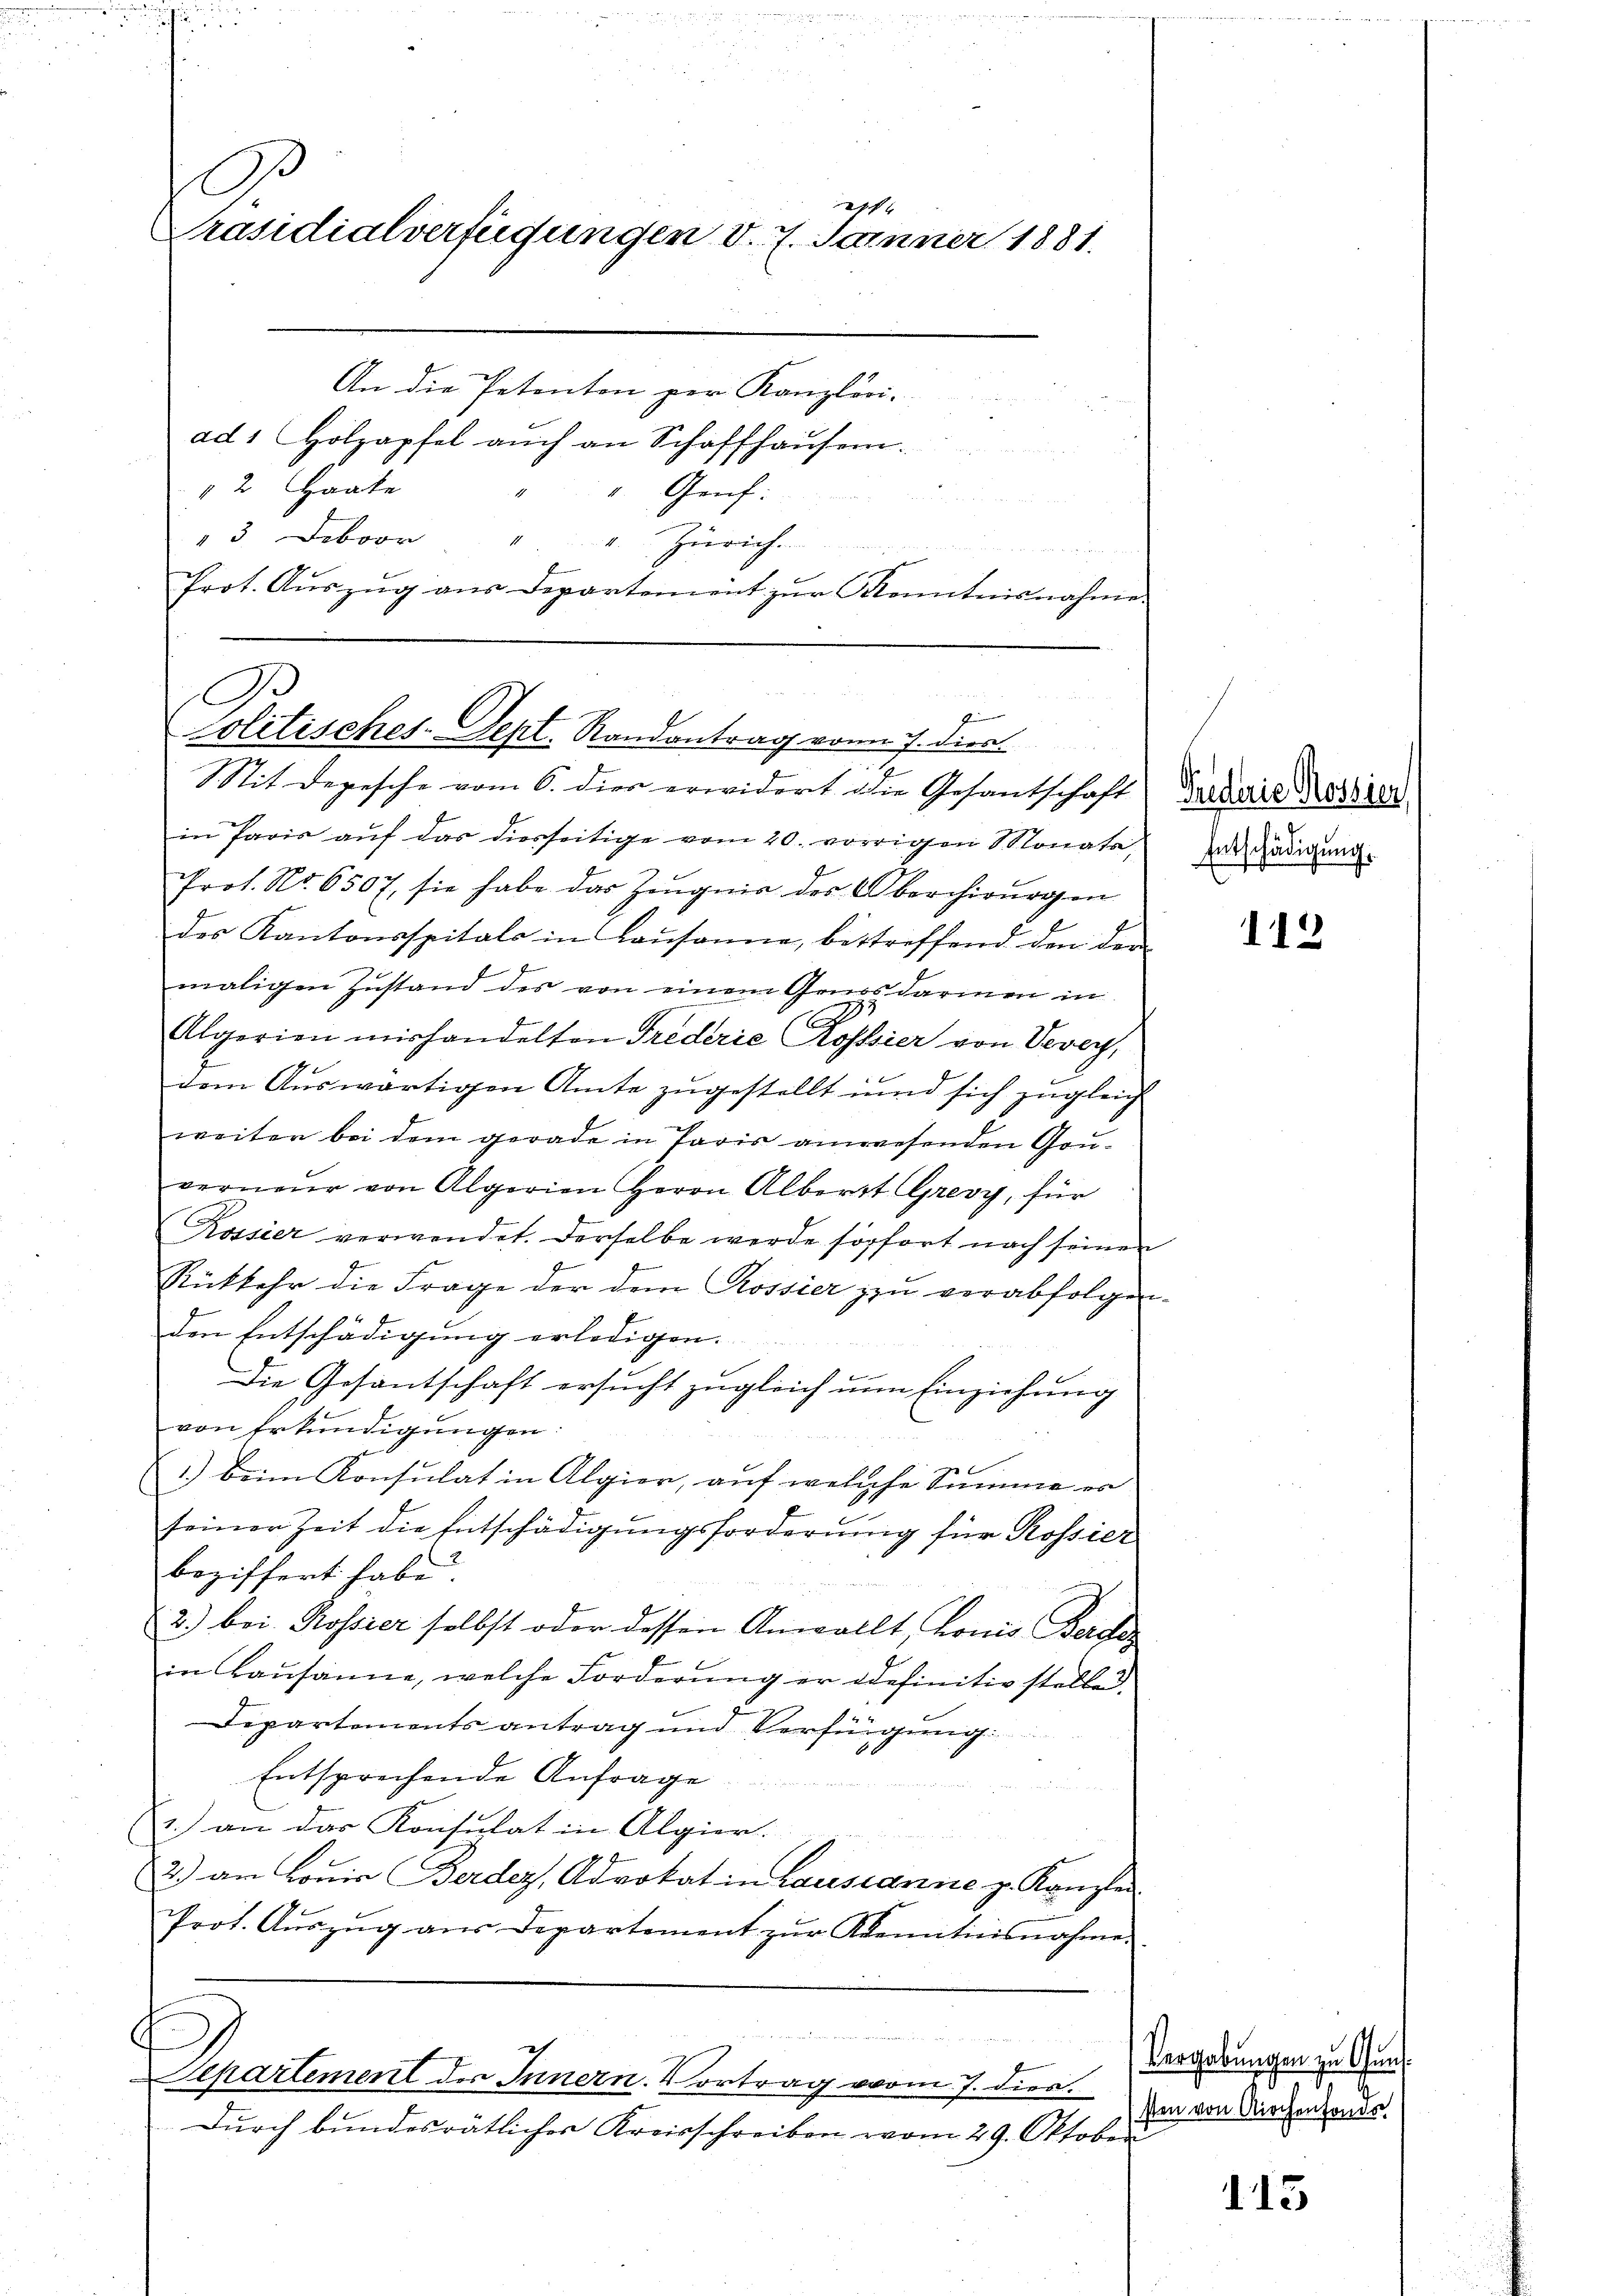
Prot. Auszug aus Departement zur Kenntnisnahme

D
291.
Präsidialverfügungen v. 7. Jänner 1881.
An die Petenton zur Kanzlini-
ad1 Holzapfel aŭch an Schaffhaŭsern.
2 Haate
" Genf.
"3. Feboor " " " Zürich.
an

Ge
politisches-Sept. Randantrag von 7. dies
2
Sit Depesche vom 6. dies erwidert die Gesantschaft

in Paris auf das diesseitige vom 20. vorrigen Monats,
Prot. No. 6507. sie habe das Zeŭgnis des Oberchirurgen
der Kantonsspitals in Lausanne, betreffend den der
maligen Zustand des von einem Genosdarmen in
A
Algerien mißhandelten Triderie hoffsier von Vevey,
dem Auswärtigen Amte zugestellt und sich zugleich
weiter bei dem gerade in Paris anwesenden Gouverneur von Algerien Herrn Alberst Grevy, für
Rossier verwendet. Derselbe werde sofort nach seinen
Rückkehr die Frage der dem Rossier zu verabfolgen
den Entschädigung erledigen.
Die Gesantschaft ersucht zugleich um Einziehung
von Erkundigungen.
1.) beim Konsulat in Algier, auf welche Summe er
seiner Zeit die Entschädigungsforderung für Rossier
beziffert habe.
2.) bei Rossier selbst oder dessen Anwollt, konis Berche
in Lausanne, welche Forderŭng er definitiv stelle.
Departements antrag und Verfügung
Entsprechende Anfrage
u
1.) an das Konsulat in Algier.
2.) an Louis Berdez, Advokat in Lausanne z. Kanzler
Prot. Aŭszŭg aŭs Departement zŭr Kenntnisnahme.

f
Separtement des Innern. Vortrag vom 7. dies
Durch bundesrätliches Kreisschreiben vom 29. Oktober

Puederie Rossier
Entschädigung.

.
e

112

115

Vergabungen zu Guns
sten von Kirchenfonde